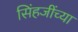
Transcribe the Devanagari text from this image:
सिंहजींच्या